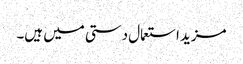
مزید استعمال دستی میں ہیں۔